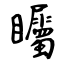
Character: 矚